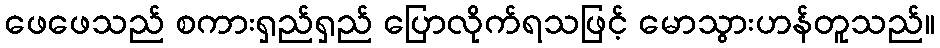
ဖေဖေသည် စကားရှည်ရှည် ပြောလိုက်ရသဖြင့် မောသွားဟန်တူသည်။